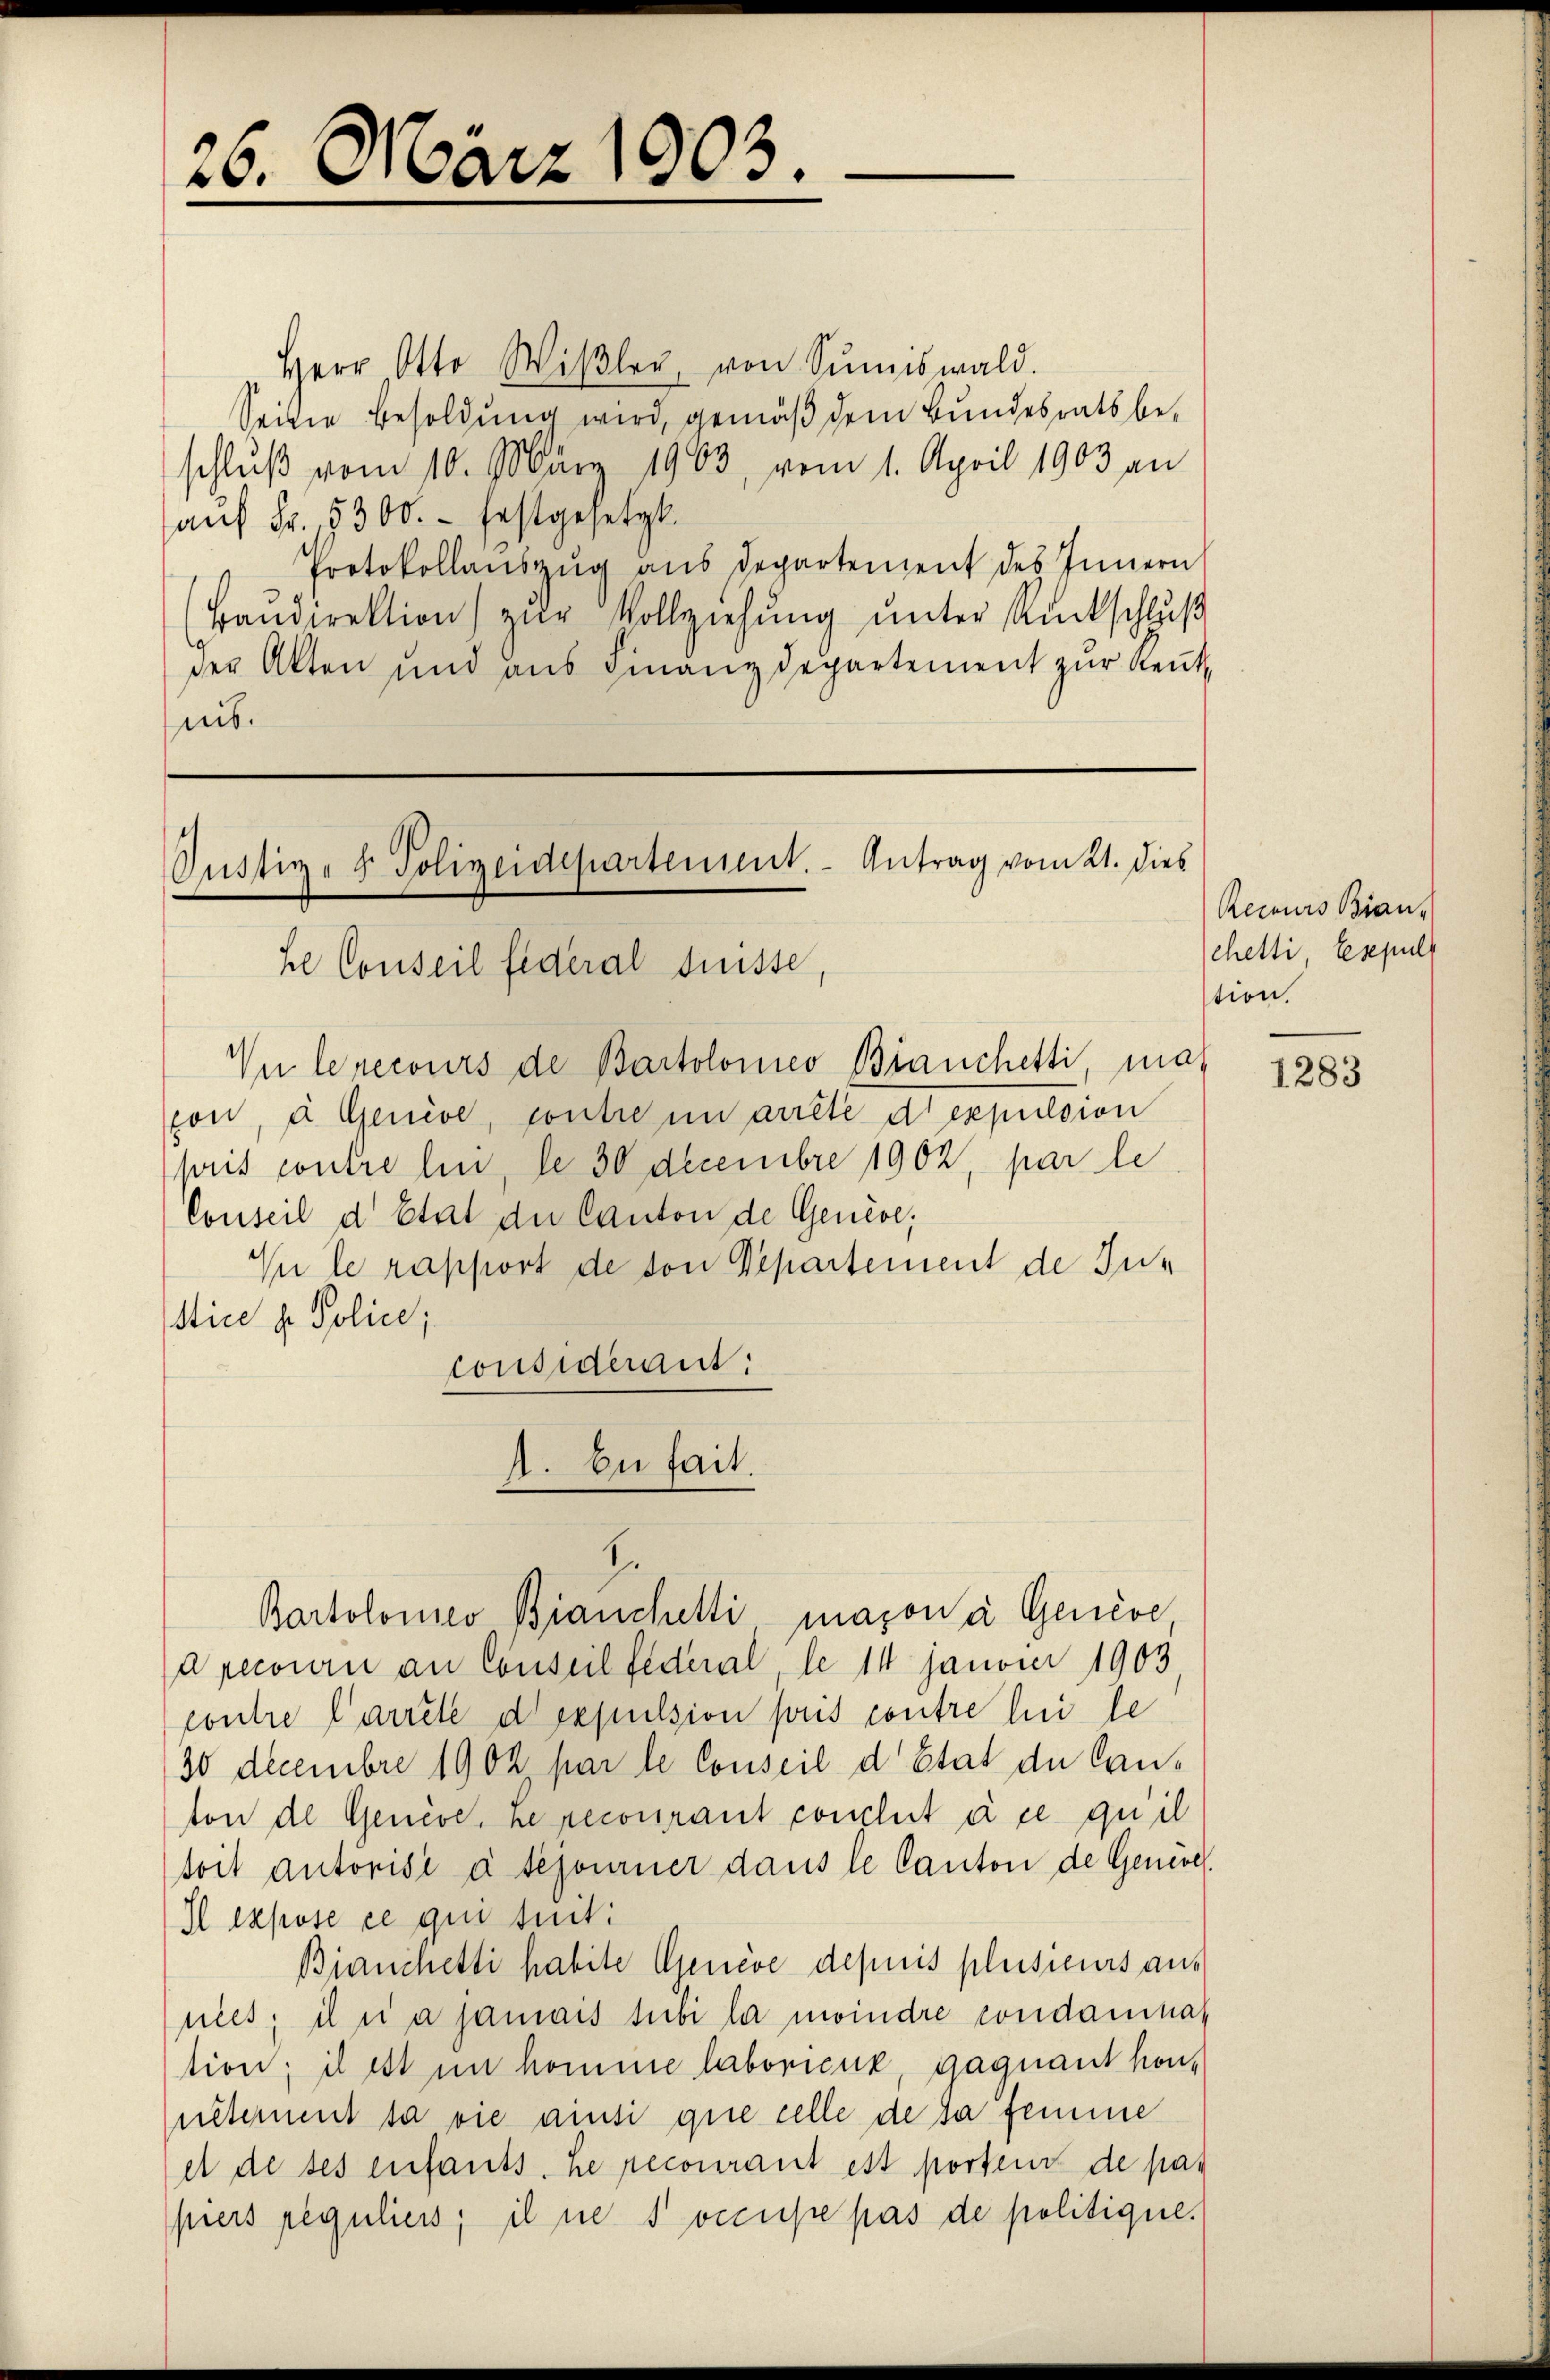
26. März 1903.

Herr Otto Wiβler, von Sŭmiswald.
Seite Besoldung wird, gemäß dem Bundesrats be-
schluß vom 10. März 1903, vom 1. April 1903 an
auf Fr. 5300.- festgesetzt.
Protokollanszŭg ans Departement des Innern
Baŭdirektion zŭr Vollziehŭng ŭnter Rückschluß
der Akten und aus Finanzdepartement zŭr neut
nis.

Justiz- & Polizeidepartement. Antrag vom 21. dies
he Conseil fideral Suisse
Vn le recours de Bartolomeo Brauchetti, ma¬

con, à Genève, contre in arrête di espulsion
pris contre lui, de 30 Decembre 1902, par le
Conseil d’Etat der Canton de Genève,
In le rapport de von Departement de Justice u. Police;
considerant:

A. Du fait.
.
Bartolomeo Bianchetti mazona Genève

Arecouri an Conseil fideal, le 14 Janvier 1903
contre Parrete derpulsion puis contre le le
30 Decembre 1902 par le Conseil d’Etat de Cauton de Genève, Le recourant conclut à ce qu’il
toit autorisé à tejourner dans le Canton de Genere
Il expose ce qui suit:
Bianchetti habite Genève depuis plusieurs aus
nies, il ni a jamais subi la moindre condamnation; il est im komme laboricuk, gaquant honueternent sa vie ansi que celle de sa femme
et de ses enfants. Le recourant est porteur de pas
piers reguliers; il ne soccupe pas de politique.

Recurs Bran-
chetti, Espul
tion.

1283